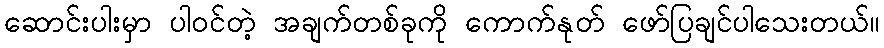
ဆောင်းပါးမှာ ပါဝင်တဲ့ အချက်တစ်ခုကို ကောက်နုတ် ဖော်ပြချင်ပါသေးတယ်။